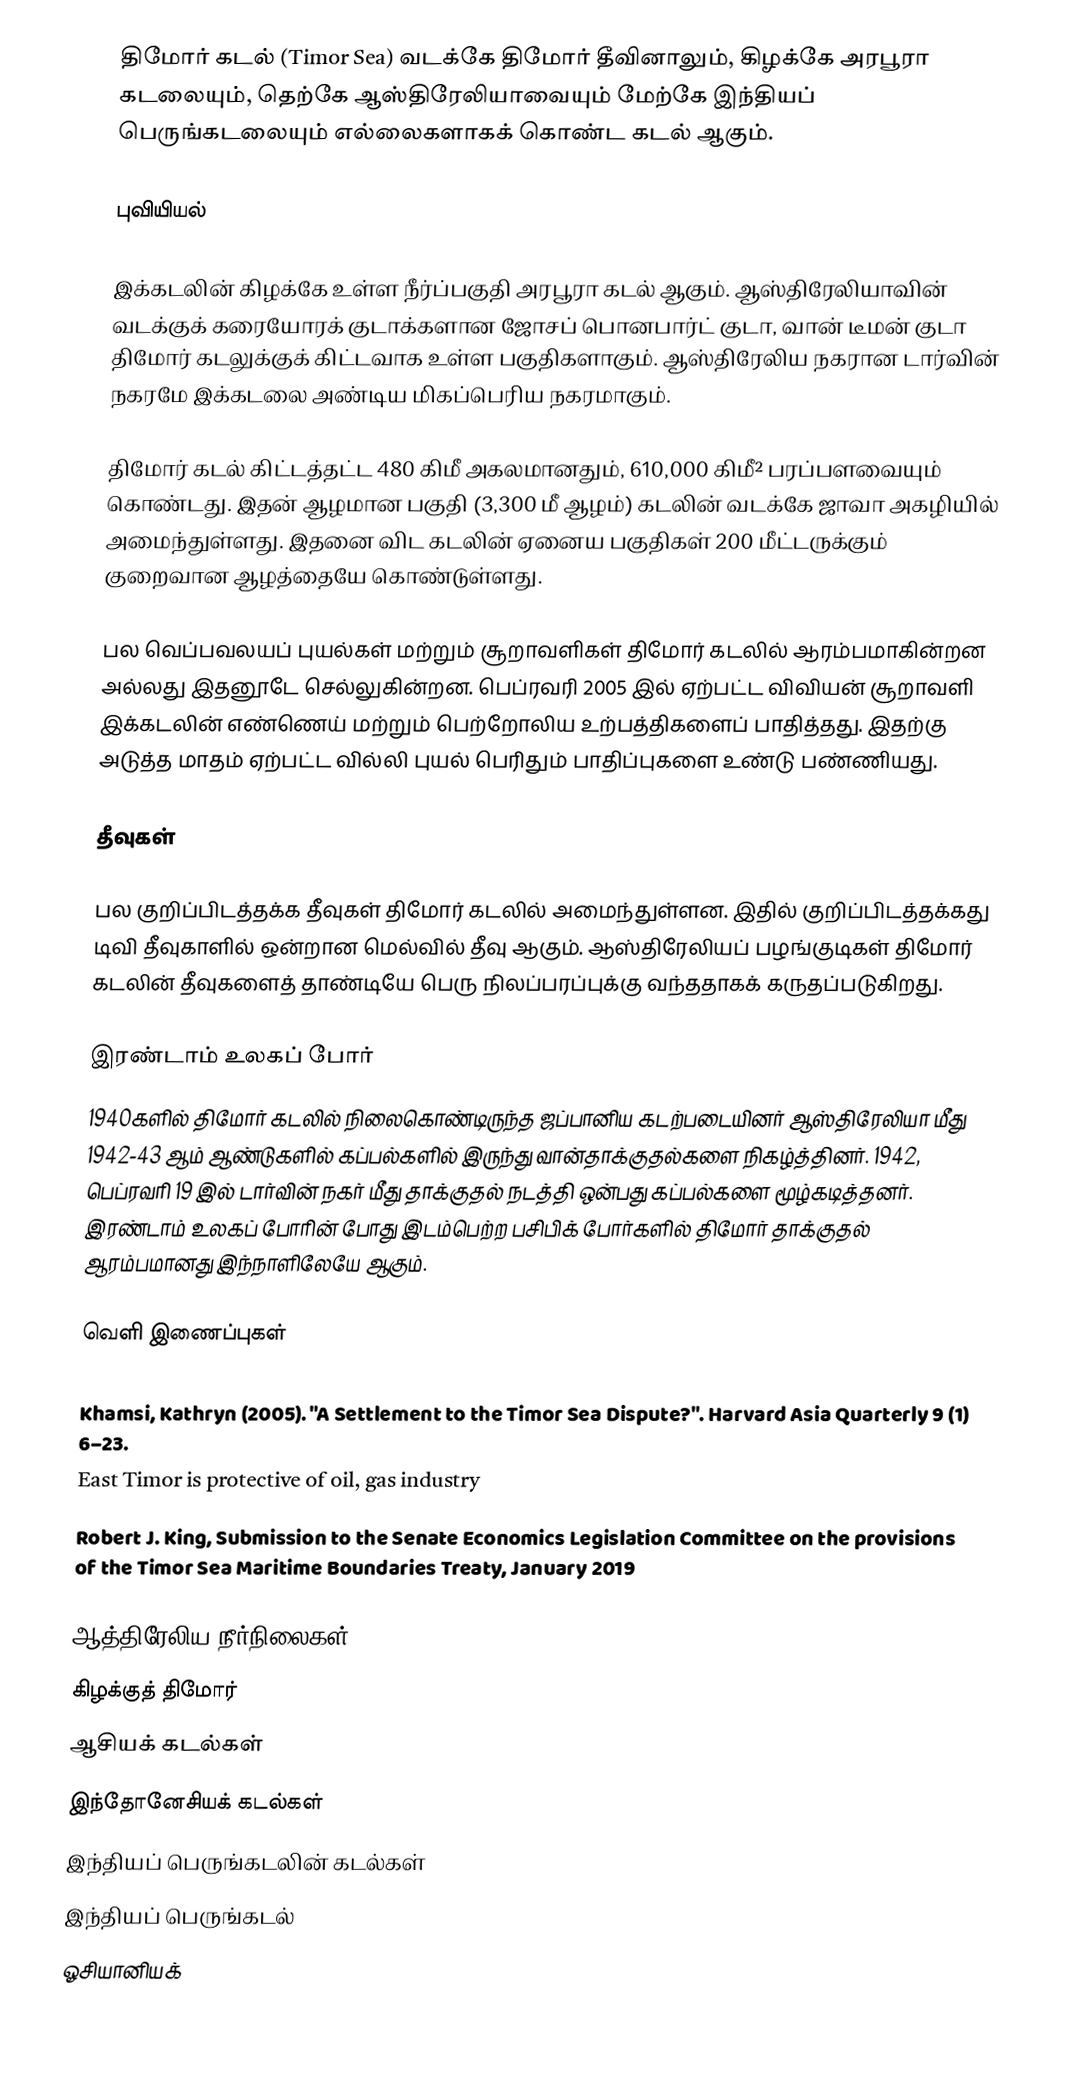
திமோர் கடல் (Timor Sea) வடக்கே திமோர் தீவினாலும், கிழக்கே அரபூரா கடலையும், தெற்கே ஆஸ்திரேலியாவையும் மேற்கே இந்தியப் பெருங்கடலையும் எல்லைகளாகக் கொண்ட கடல் ஆகும்.

புவியியல்

இக்கடலின் கிழக்கே உள்ள நீர்ப்பகுதி அரபூரா கடல் ஆகும். ஆஸ்திரேலியாவின் வடக்குக் கரையோரக் குடாக்களான ஜோசப் பொனபார்ட் குடா, வான் டீமன் குடா திமோர் கடலுக்குக் கிட்டவாக உள்ள பகுதிகளாகும். ஆஸ்திரேலிய நகரான டார்வின் நகரமே இக்கடலை அண்டிய மிகப்பெரிய நகரமாகும்.

திமோர் கடல் கிட்டத்தட்ட 480 கிமீ அகலமானதும், 610,000 கிமீ² பரப்பளவையும் கொண்டது. இதன் ஆழமான பகுதி (3,300 மீ ஆழம்) கடலின் வடக்கே ஜாவா அகழியில் அமைந்துள்ளது. இதனை விட கடலின் ஏனைய பகுதிகள் 200 மீட்டருக்கும் குறைவான ஆழத்தையே கொண்டுள்ளது.

பல வெப்பவலயப் புயல்கள் மற்றும் சூறாவளிகள் திமோர் கடலில் ஆரம்பமாகின்றன அல்லது இதனூடே செல்லுகின்றன. பெப்ரவரி 2005 இல் ஏற்பட்ட விவியன் சூறாவளி இக்கடலின் எண்ணெய் மற்றும் பெற்றோலிய உற்பத்திகளைப் பாதித்தது. இதற்கு அடுத்த மாதம் ஏற்பட்ட வில்லி புயல் பெரிதும் பாதிப்புகளை உண்டு பண்ணியது.

தீவுகள்

பல குறிப்பிடத்தக்க தீவுகள் திமோர் கடலில் அமைந்துள்ளன. இதில் குறிப்பிடத்தக்கது டிவி தீவுகாளில் ஒன்றான மெல்வில் தீவு ஆகும். ஆஸ்திரேலியப் பழங்குடிகள் திமோர் கடலின் தீவுகளைத் தாண்டியே பெரு நிலப்பரப்புக்கு வந்ததாகக் கருதப்படுகிறது.

இரண்டாம் உலகப் போர்
1940களில் திமோர் கடலில் நிலைகொண்டிருந்த ஜப்பானிய கடற்படையினர் ஆஸ்திரேலியா மீது 1942-43 ஆம் ஆண்டுகளில் கப்பல்களில் இருந்து வான்தாக்குதல்களை நிகழ்த்தினர். 1942, பெப்ரவரி 19 இல் டார்வின் நகர் மீது தாக்குதல் நடத்தி ஒன்பது கப்பல்களை மூழ்கடித்தனர். இரண்டாம் உலகப் போரின் போது இடம்பெற்ற பசிபிக் போர்களில் திமோர் தாக்குதல் ஆரம்பமானது இந்நாளிலேயே ஆகும்.

வெளி இணைப்புகள்

 Khamsi, Kathryn (2005). "A Settlement to the Timor Sea Dispute?". Harvard Asia Quarterly 9 (1) 6–23.
 East Timor is protective of oil, gas industry
 Robert J. King, Submission to the Senate Economics Legislation Committee on the provisions of the Timor Sea Maritime Boundaries Treaty, January 2019

ஆத்திரேலிய நீர்நிலைகள்
கிழக்குத் திமோர்
ஆசியக் கடல்கள்
இந்தோனேசியக் கடல்கள்
இந்தியப் பெருங்கடலின் கடல்கள்
இந்தியப் பெருங்கடல்
ஓசியானியக்